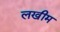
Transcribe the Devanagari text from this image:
लखीम